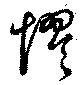
憀